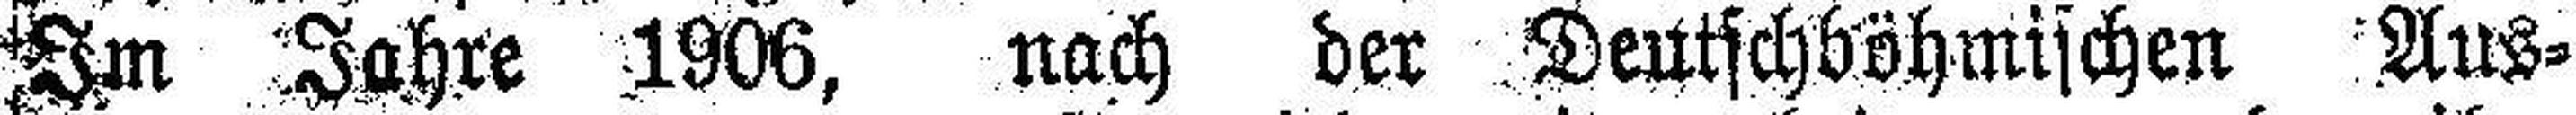
Im Jahre 1906, nach der Deutschböhmischen Aus¬